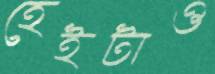
হেইটাও